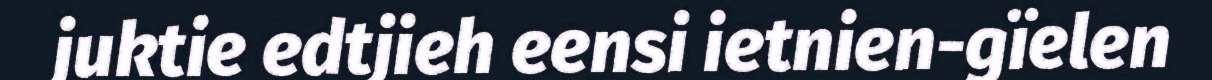
juktie edtjieh eensi ietnien-gïelen